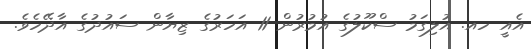
އެއީ ހއ. އުލިގަމު ސްކޫލުގެ އުމުރުން 11 އަހަރުގެ ޒިޔާން ސައުދުގެ އާދޭހެވެ.